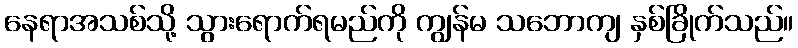
နေရာအသစ်သို့ သွားရောက်ရမည်ကို ကျွန်မ သဘောကျ နှစ်ခြိုက်သည်။